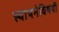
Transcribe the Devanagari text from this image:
स्थापनेविषयी